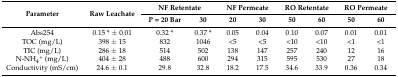
<table><thead><tr><td rowspan="2"><b>Parameter</b></td><td rowspan="2"><b>Raw Leachate</b></td><td colspan="2"><b>NF Retentate</b></td><td colspan="2"><b>NF Permeate</b></td><td colspan="2"><b>RO Retentate</b></td><td colspan="2"><b>RO Permeate</b></td></tr><tr><td><b>P = 20 Bar</b></td><td><b>30</b></td><td><b>20</b></td><td><b>30</b></td><td><b>50</b></td><td><b>60</b></td><td><b>50</b></td><td><b>60</b></td></tr></thead><tbody><tr><td>Abs254</td><td>0.15 * ± 0.01</td><td>0.32 *</td><td>0.37 *</td><td>0.05</td><td>0.04</td><td>0.10</td><td>0.07</td><td>0.01</td><td>0.01</td></tr><tr><td>TOC (mg/L)</td><td>398 ± 15</td><td>832</td><td>1046</td><td>&lt;5</td><td>&lt;5</td><td>&lt;10</td><td>&lt;10</td><td>&lt;1</td><td>&lt;1</td></tr><tr><td>TIC (mg/L)</td><td>286 ± 18</td><td>514</td><td>502</td><td>138</td><td>147</td><td>257</td><td>240</td><td>12</td><td>16</td></tr><tr><td>N-NH<sub>4</sub><sup>+</sup> (mg/L)</td><td>404 ± 28</td><td>488</td><td>600</td><td>294</td><td>315</td><td>595</td><td>530</td><td>27</td><td>18</td></tr><tr><td>Conductivity (mS/cm)</td><td>24.6 ± 0.1</td><td>29.8</td><td>32.8</td><td>18.2</td><td>17.5</td><td>34.6</td><td>33.9</td><td>0.36</td><td>0.34</td></tr></tbody></table>